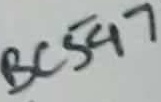
Text: BC547